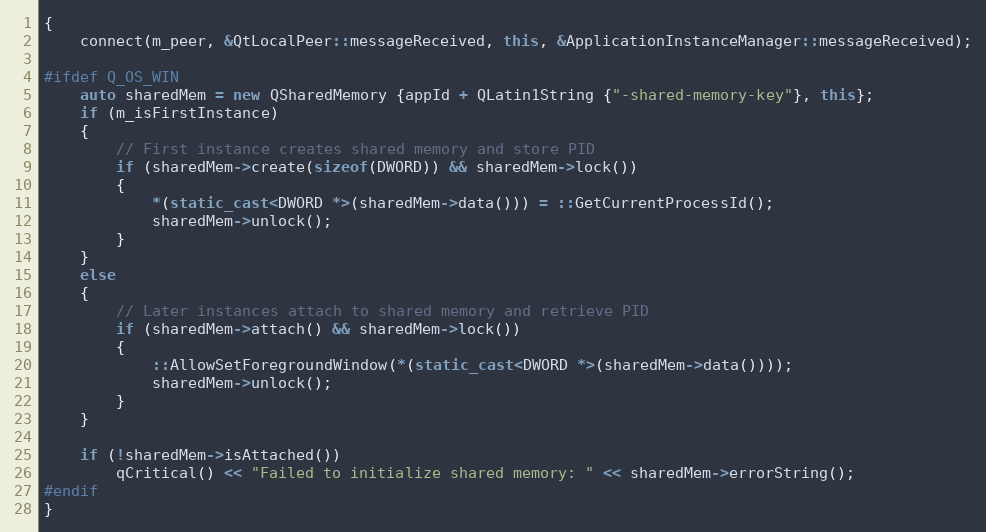
Language: C++
{
    connect(m_peer, &QtLocalPeer::messageReceived, this, &ApplicationInstanceManager::messageReceived);

#ifdef Q_OS_WIN
    auto sharedMem = new QSharedMemory {appId + QLatin1String {"-shared-memory-key"}, this};
    if (m_isFirstInstance)
    {
        // First instance creates shared memory and store PID
        if (sharedMem->create(sizeof(DWORD)) && sharedMem->lock())
        {
            *(static_cast<DWORD *>(sharedMem->data())) = ::GetCurrentProcessId();
            sharedMem->unlock();
        }
    }
    else
    {
        // Later instances attach to shared memory and retrieve PID
        if (sharedMem->attach() && sharedMem->lock())
        {
            ::AllowSetForegroundWindow(*(static_cast<DWORD *>(sharedMem->data())));
            sharedMem->unlock();
        }
    }

    if (!sharedMem->isAttached())
        qCritical() << "Failed to initialize shared memory: " << sharedMem->errorString();
#endif
}